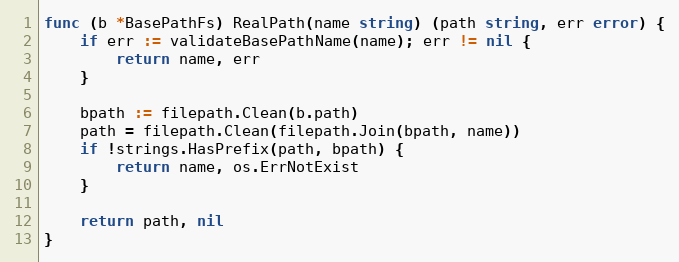
Language: Go
func (b *BasePathFs) RealPath(name string) (path string, err error) {
	if err := validateBasePathName(name); err != nil {
		return name, err
	}

	bpath := filepath.Clean(b.path)
	path = filepath.Clean(filepath.Join(bpath, name))
	if !strings.HasPrefix(path, bpath) {
		return name, os.ErrNotExist
	}

	return path, nil
}